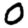
Digit: 0